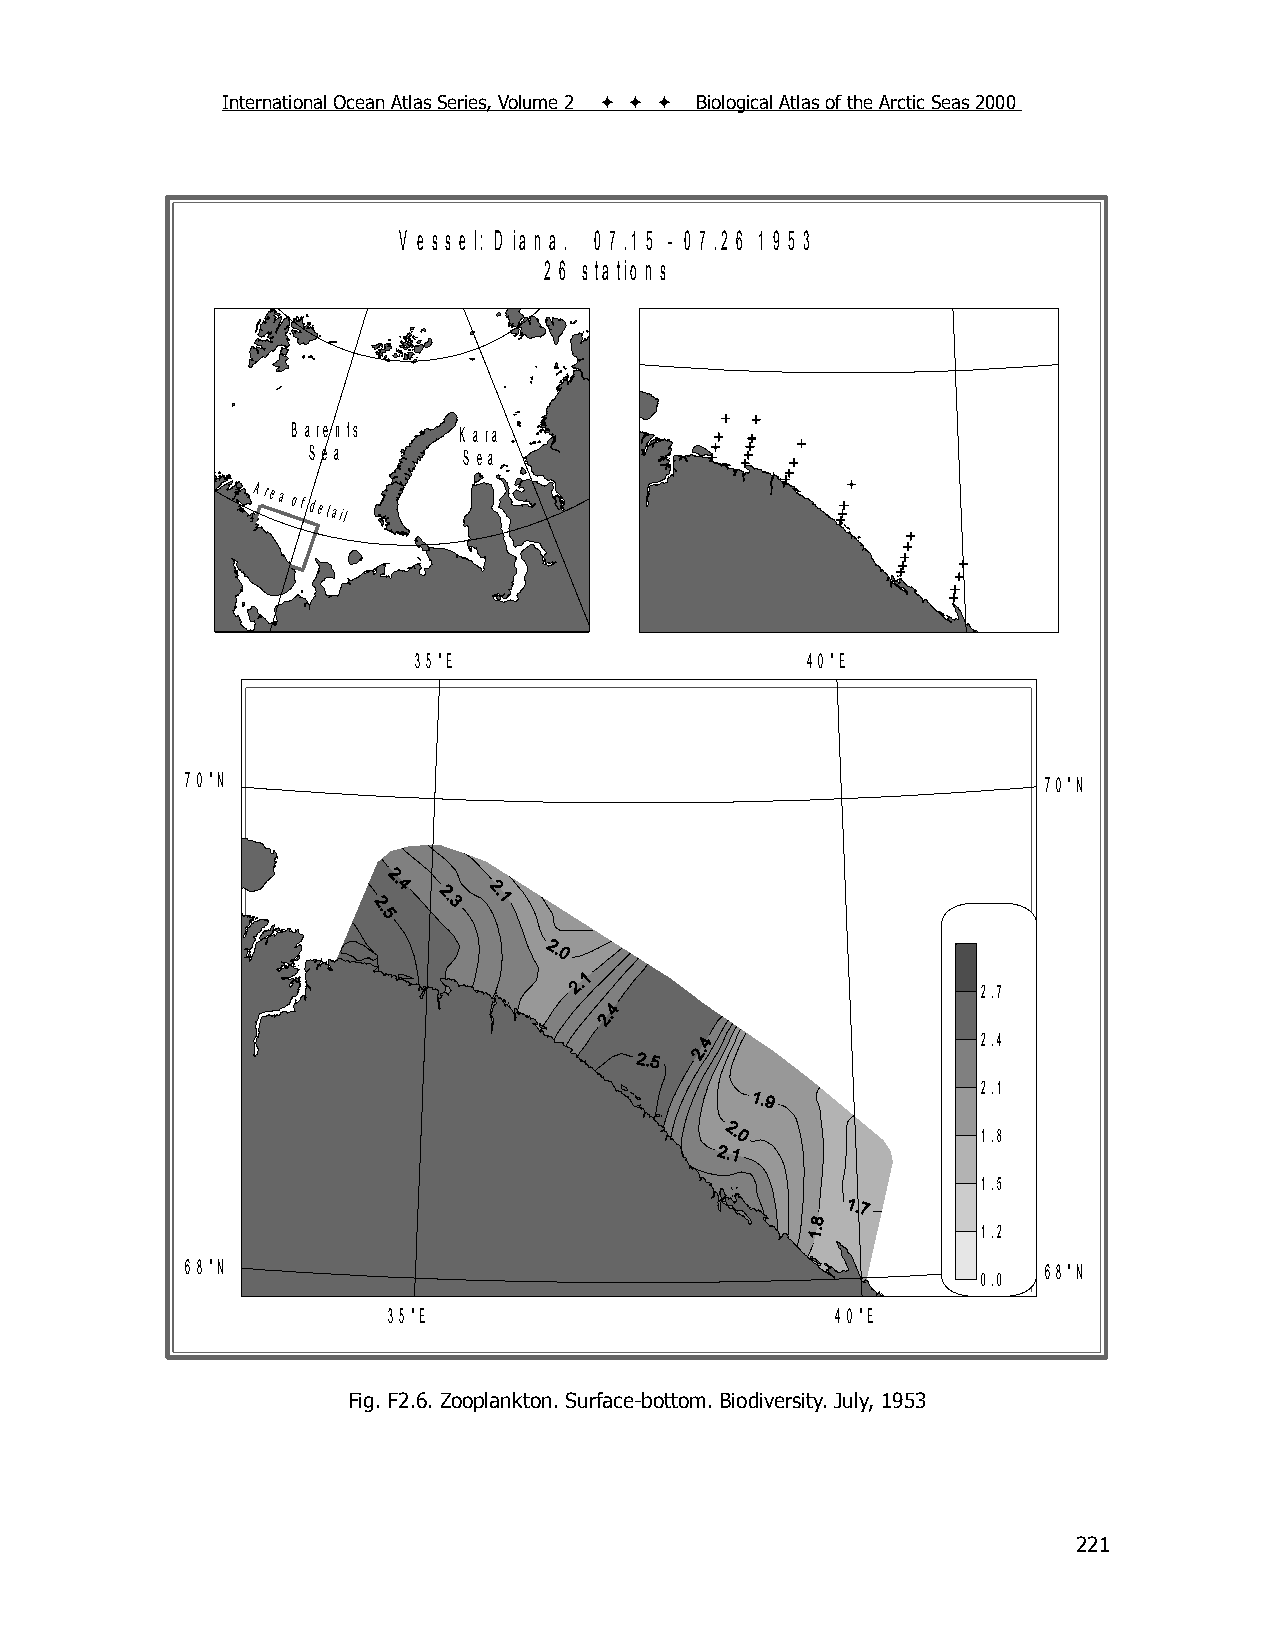
International Ocean Atlas Series, Volume 2    Biological Atlas of the Arctic Seas 2000
 V e s s e l: D ia n a . 0 7 .1 5 - 0 7 .2 6 1 9 5 3
 2 6 s ta tio n s
 B a re n ts K a ra
 S e a      S e a
 Area
 of detail
 3 5 °E                    4 0 °E
 7 0 °N                                                   7 0 °N
 2.7
 2.4
 2.1
 1.8
 1.5
 1.2
 6 8 °N                                                   6 8 °N
 0.0
 3 5 °E                       4 0 °E
 Fig. F2.6. Zooplankton. Surface-bottom. Biodiversity. July, 1953
 221